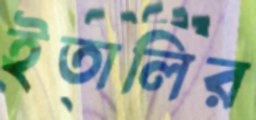
ইতালির